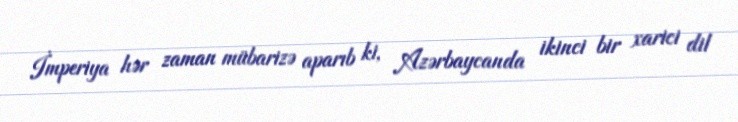
İmperiya hər zaman mübarizə aparıb ki, Azərbaycanda ikinci bir xarici dil